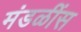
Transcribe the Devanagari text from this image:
मंडळींस